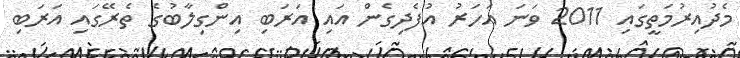
މެދުއިރުމަތީގައި 2011 ވަނަ އަހަރު އުފެދިގެން އައި އަރަބި އިންގިލާބުގެ ތެރޭގައި އަރަބި